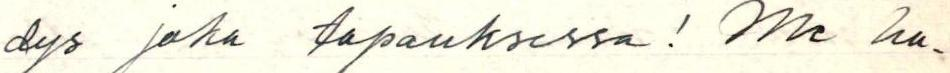
dys joka tapauksessa! Me ha-